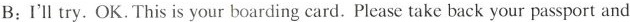
B:I'll try.OK. This is your boarding card. Please take back your passport and